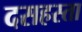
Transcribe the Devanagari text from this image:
दसहस्ता